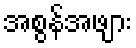
အစွန်အဖျား